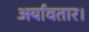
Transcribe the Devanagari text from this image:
अर्यावतार।